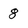
Character: 8